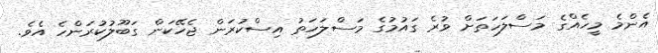
އެންމެ މީހެއްގެ މަސްލަހަތަށް ވުރެ ގައުމުގެ މަސްލަހަތު އިސްކުރަން ޖެހޭކަން ގަބޫލުކުރަންހެ އެވެ.